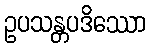
ဥပသန္တပဒိဿော